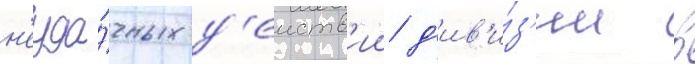
н'еуда́чных д'еиств'ии д'ив'и́з'ии в